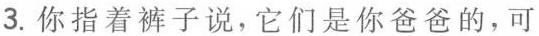
3.你指着裤子说，它们是你爸爸的，可